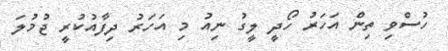
ހުސްވި ތިން އަހަރު ހޯދީ ލީގު ނިއު މި އަހަރު ދިފާއުކުރީ ޖުމުލަ